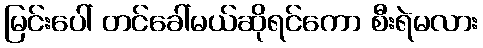
မြင်းပေါ် တင်ခေါ်မယ်ဆိုရင်ကော စီးရဲမလား